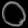
Digit: ၀